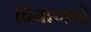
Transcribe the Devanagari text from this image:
बियाणाचे